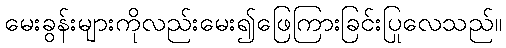
မေးခွန်းများကိုလည်းမေး၍ဖြေကြားခြင်းပြုလေသည်။